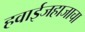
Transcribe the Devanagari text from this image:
हवाईजहाजाचा